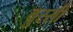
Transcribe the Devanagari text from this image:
बुस्सी